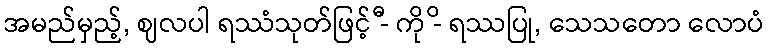
အမည်မှည့်, ဈလပါ ရဿံသုတ်ဖြင့် -ီ ကို -ိ ရဿပြု, သေသတော လောပံ